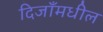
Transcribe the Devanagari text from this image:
दिजाँमधील